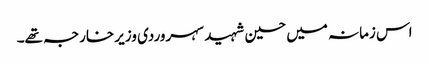
اس زمانہ میں حسین شہید سہروردی وزیر خارجہ تھے۔